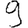
Digit: 9